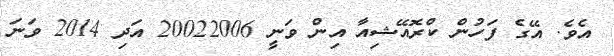
އެވެ. އޭގެ ފަހުން ކްރޮއޭޝިއާ އިން ވަނީ 20022006 އަދި 2014 ވަނަ